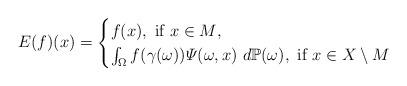
LaTeX: \begin{align*}E(f)(x) =\begin{cases}f(x) ,\ \hbox{if $x \in M$,}\\\int_{\Omega} f(\gamma(\omega)) \varPsi(\omega, x) \ d\mathbb{P}(\omega),\ \hbox{if $x \in X \setminus M$}\end{cases} \end{align*}